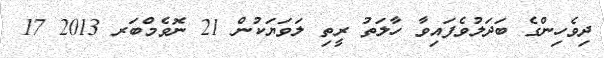
ދިވެހިންގެ ބަދަލުވެފައިވާ ހާލަތު ރީތި ލަވަޔަކުން 21 ނޮވެމްބަރ 2013 17